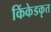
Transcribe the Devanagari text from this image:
किंकेडकृत